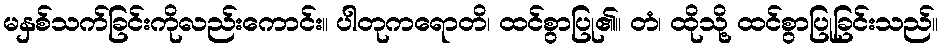
မနှစ်သက်ခြင်းကိုလည်းကောင်း။ ပါတုကရောတိ၊ ထင်စွာပြု၏။ တံ၊ ထိုသို့ ထင်စွာပြုခြင်းသည်။